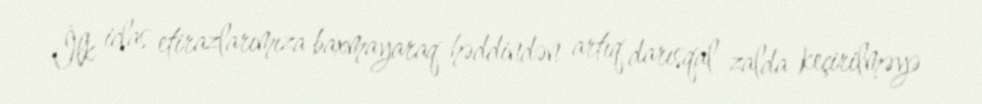
İlk iclas etirazlarımıza baxmayaraq həddindən artıq darısqal zalda keçirilməyə